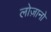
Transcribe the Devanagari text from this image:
लोज़ानो